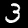
Digit: 3